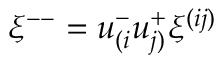
\xi ^ { -- } = u _ { ( i } ^ { - } u _ { j ) } ^ { + } \xi ^ { ( i j ) } \nonumber \,